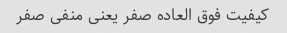
کیفیت فوق العاده صفر یعنی منفی صفر